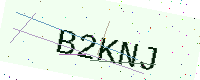
Text: B2KNJ